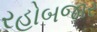
રહોબજાર